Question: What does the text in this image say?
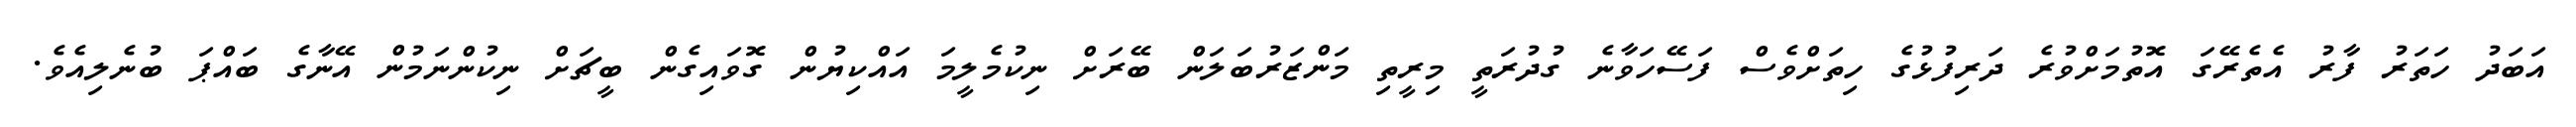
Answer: އަބަދު ހަތަރު ފާރު އެތެރޭގަ އޮތުމަށްވުރެ ދަރިފުޅުގެ ހިތަށްވެސް ފަސޭހަވާނެ ގުދުރަތީ މިރީތި މަންޒަރުބަލަން ބޭރަށް ނިކުމެލީމަ އައްކިޔުން ގޮވައިގެން ބީޗަށް ނިކުންނަމުން އޭނާގެ ބައްޕަ ބުނެލިއެވެ.